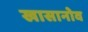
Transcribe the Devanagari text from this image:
खासानोव